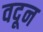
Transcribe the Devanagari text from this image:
वदून